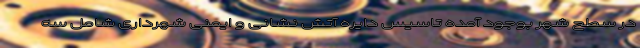
در سطح شهر بوجود آمده تاسیس دایره آتش نشانی و ایمنی شهرداری شامل سه